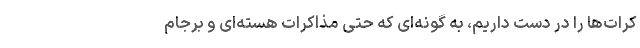
کرات‌ها را در دست داریم، به گونه‌ای که حتی مذاکرات هسته‌ای و برجام